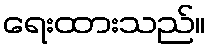
ရေးထားသည်။